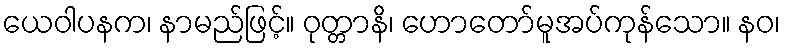
ယေဝါပနက၊ နာမည်ဖြင့်။ ဝုတ္တာနိ၊ ဟောတော်မူအပ်ကုန်သော။ နဝ၊